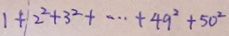
1 + 2 ^ { 2 } + 3 ^ { 2 } + \cdots + 4 9 ^ { 2 } + 5 0 ^ { 2 }